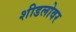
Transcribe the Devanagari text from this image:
शीडलोवर